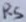
Text: R5